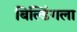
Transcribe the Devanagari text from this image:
बिल्डिंगला